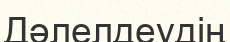
Дәлелдеудің